Source: Computer-generated
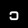
Digit: ၁ (1)